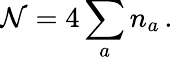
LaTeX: {\cal N}=4\sum_{a}n_{a}\, .